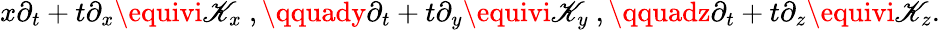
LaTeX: x\partial_{t}+t\partial_{x}\equivi\mathscr{K}_{x}~,\qquady\partial_{t}+t\partial_{y}\equivi\mathscr{K}_{y}~,\qquadz\partial_{t}+t\partial_{z}\equivi\mathscr{K}_{z}.